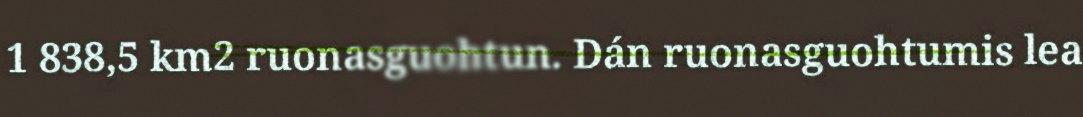
1 838,5 km2 ruonasguohtun. Dán ruonasguohtumis lea